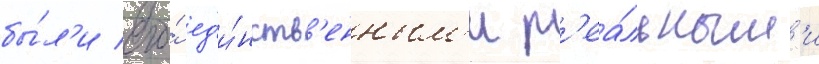
бы́л'и его́ ед'и́нств'енным'и р'еа́льным'и